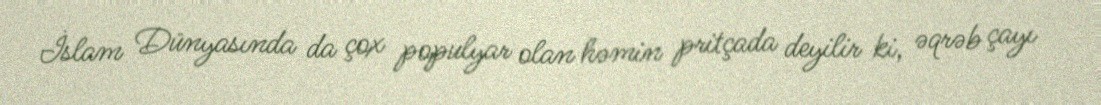
İslam Dünyasında da çox populyar olan həmin pritçada deyilir ki, əqrəb çayı